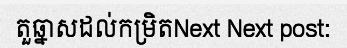
តួឆ្នាសដល់កម្រិតNext Next post: